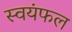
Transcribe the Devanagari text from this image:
स्वयंफल